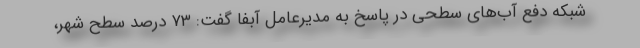
شبکه دفع آب‌های سطحی در پاسخ به مدیرعامل آبفا گفت: ۷۳ درصد سطح شهر،